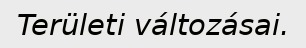
Területi változásai.